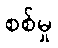
စစ်မှု